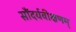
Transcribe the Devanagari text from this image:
सौंदर्यवीक्षणम्